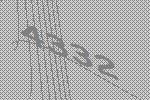
4332